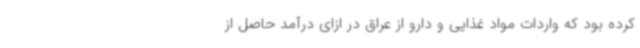
کرده بود که واردات مواد غذایی و دارو از عراق در ازای درآمد حاصل از